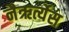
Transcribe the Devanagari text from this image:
नैऋर्त्येस